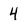
Character: 4